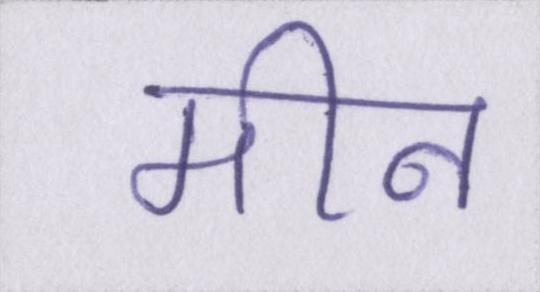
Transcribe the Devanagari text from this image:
मीन